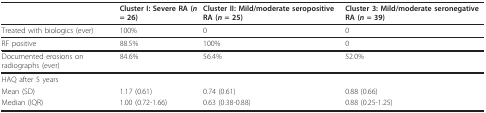
<table><thead><tr><td></td><td><b>Cluster I: Severe RA (<i>n </i>= 26)</b></td><td><b>Cluster II: Mild/moderate seropositive RA (<i>n </i>= 25)</b></td><td><b>Cluster 3: Mild/moderate seronegative RA (<i>n </i>= 39)</b></td></tr></thead><tbody><tr><td>Treated with biologics (ever)</td><td>100%</td><td>0</td><td>0</td></tr><tr><td>RF positive</td><td>88.5%</td><td>100%</td><td>0</td></tr><tr><td>Documented erosions on radiographs (ever)</td><td>84.6%</td><td>56.4%</td><td>52.0%</td></tr><tr><td>HAQ after 5 years</td><td></td><td></td><td></td></tr><tr><td>Mean (SD)</td><td>1.17 (0.61)</td><td>0.74 (0.61)</td><td>0.88 (0.66)</td></tr><tr><td>Median (IQR)</td><td>1.00 (0.72-1.66)</td><td>0.63 (0.38-0.88)</td><td>0.88 (0.25-1.25)</td></tr></tbody></table>